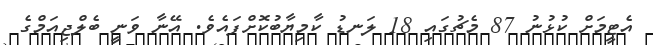
އެޓީމަށް ކުޅުނު 87 މެޗުގައި 18 ލަނޑު ކާމިޔާބުކޮށްފައެވެ. އޭނާ ވަނީ ބެލްޖިއަމްގެ